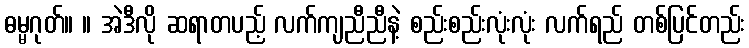
ဓမ္မဂုတ်။ ။ အဲဒီလို ဆရာတပည့် လက်ကျညီညီနဲ့ စည်းစည်းလုံးလုံး လက်ရည် တစ်ပြင်တည်း